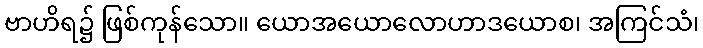
ဗာဟိရ၌ ဖြစ်ကုန်သော။ ယောအယောလောဟာဒယောစ၊ အကြင်သံ၊